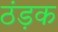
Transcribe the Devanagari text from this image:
ठंड़क